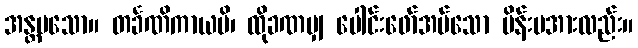
အန္တမသော။ တင်္ခဏိကာယပိ၊ ထိုခဏမျှ ပေါင်းဖော်အပ်သော မိန်းမအားလည်း။